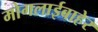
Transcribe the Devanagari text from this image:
मोगलाईबाहेर